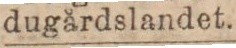
dugårdslandet.